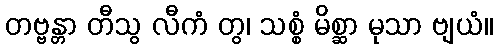
တဗ္ဗန္တာ တီသွ လီကံ တွ၊ သစ္စံ မိစ္ဆာ မုသာ ဗျယံ။